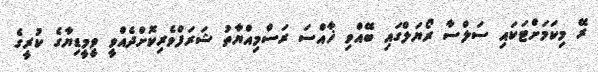
ރޭ މިކަމަށްޓަކައި ސަލްސާ ރޯޔަލްގައި ބޭއްވި ޚާއްސަ ރަސްމިއްޔާތު ޝަރަފްވެރިކޮށްދެއްވީ ވީމީޑިޔާގެ ކުރީގެ